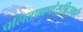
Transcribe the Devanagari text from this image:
चलितपदपांसून्निजकरैः